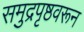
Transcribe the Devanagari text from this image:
समुद्रपृष्ठवरून